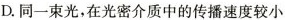
D.同一束光，在光密介质中的传播速度较小